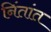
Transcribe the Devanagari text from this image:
निंतांत